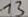
Text: 13